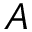
A